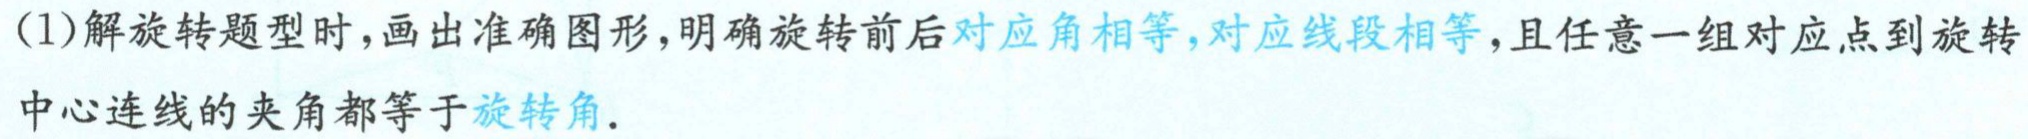
(1)解旋转题型时，画出准确图形，明确旋转前后对应角相等，对应线段相等，且任意一组对应点到旋转中心连线的夹角都等于旋转角.